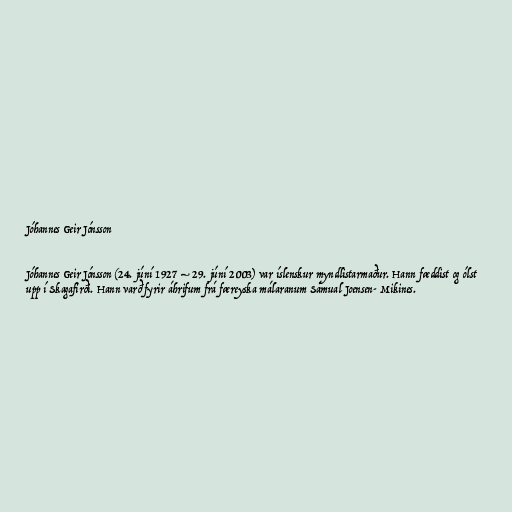
Jóhannes Geir Jónsson

Jóhannes Geir Jónsson (24. júní 1927 – 29. júní 2003) var íslenskur myndlistarmaður. Hann fæddist og ólst
upp í Skagafirði. Hann varð fyrir áhrifum frá færeyska málaranum Sámual Joensen- Mikines.